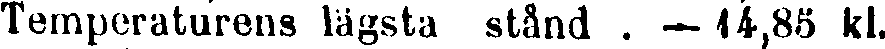
Temperaturens lägsta stånd . — 14,85 kl.